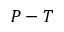
P - T